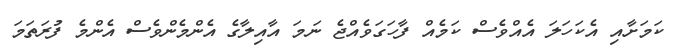
ކަމަށާއި އެކަހަލަ އެއްވެސް ކަމެއް ފާހަގަވެއްޖެ ނަމަ އާއިލާގެ އެންމެންވެސް އެންމެ ފުރަތަމަ